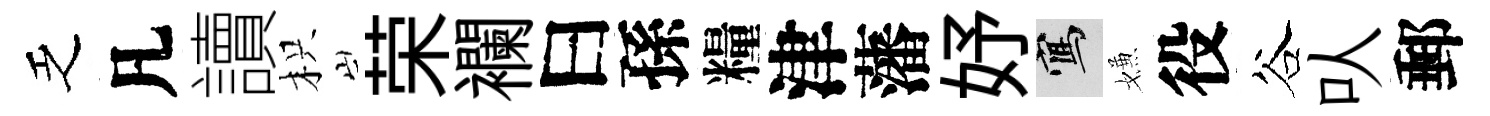
乏凡讀枳荣襴曰孫糧津藩妤寫嫌役谷㕥郵